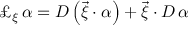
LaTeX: \pounds _ { \xi } \, \alpha = D \/ \left( \vec { \xi } \cdot \alpha \right) + \vec { \xi } \cdot D \, \alpha